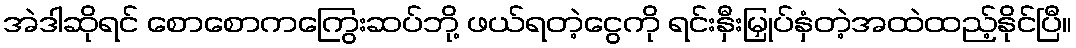
အဲဒါဆိုရင် စောစောကကြွေးဆပ်ဘို့ ဖယ်ရတဲ့ငွေကို ရင်းနှီးမြှုပ်နှံတဲ့အထဲထည့်နိုင်ပြီ။